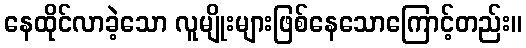
နေထိုင်လာခဲ့သော လူမျိုးများဖြစ်နေသောကြောင့်တည်း။